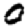
Digit: 0